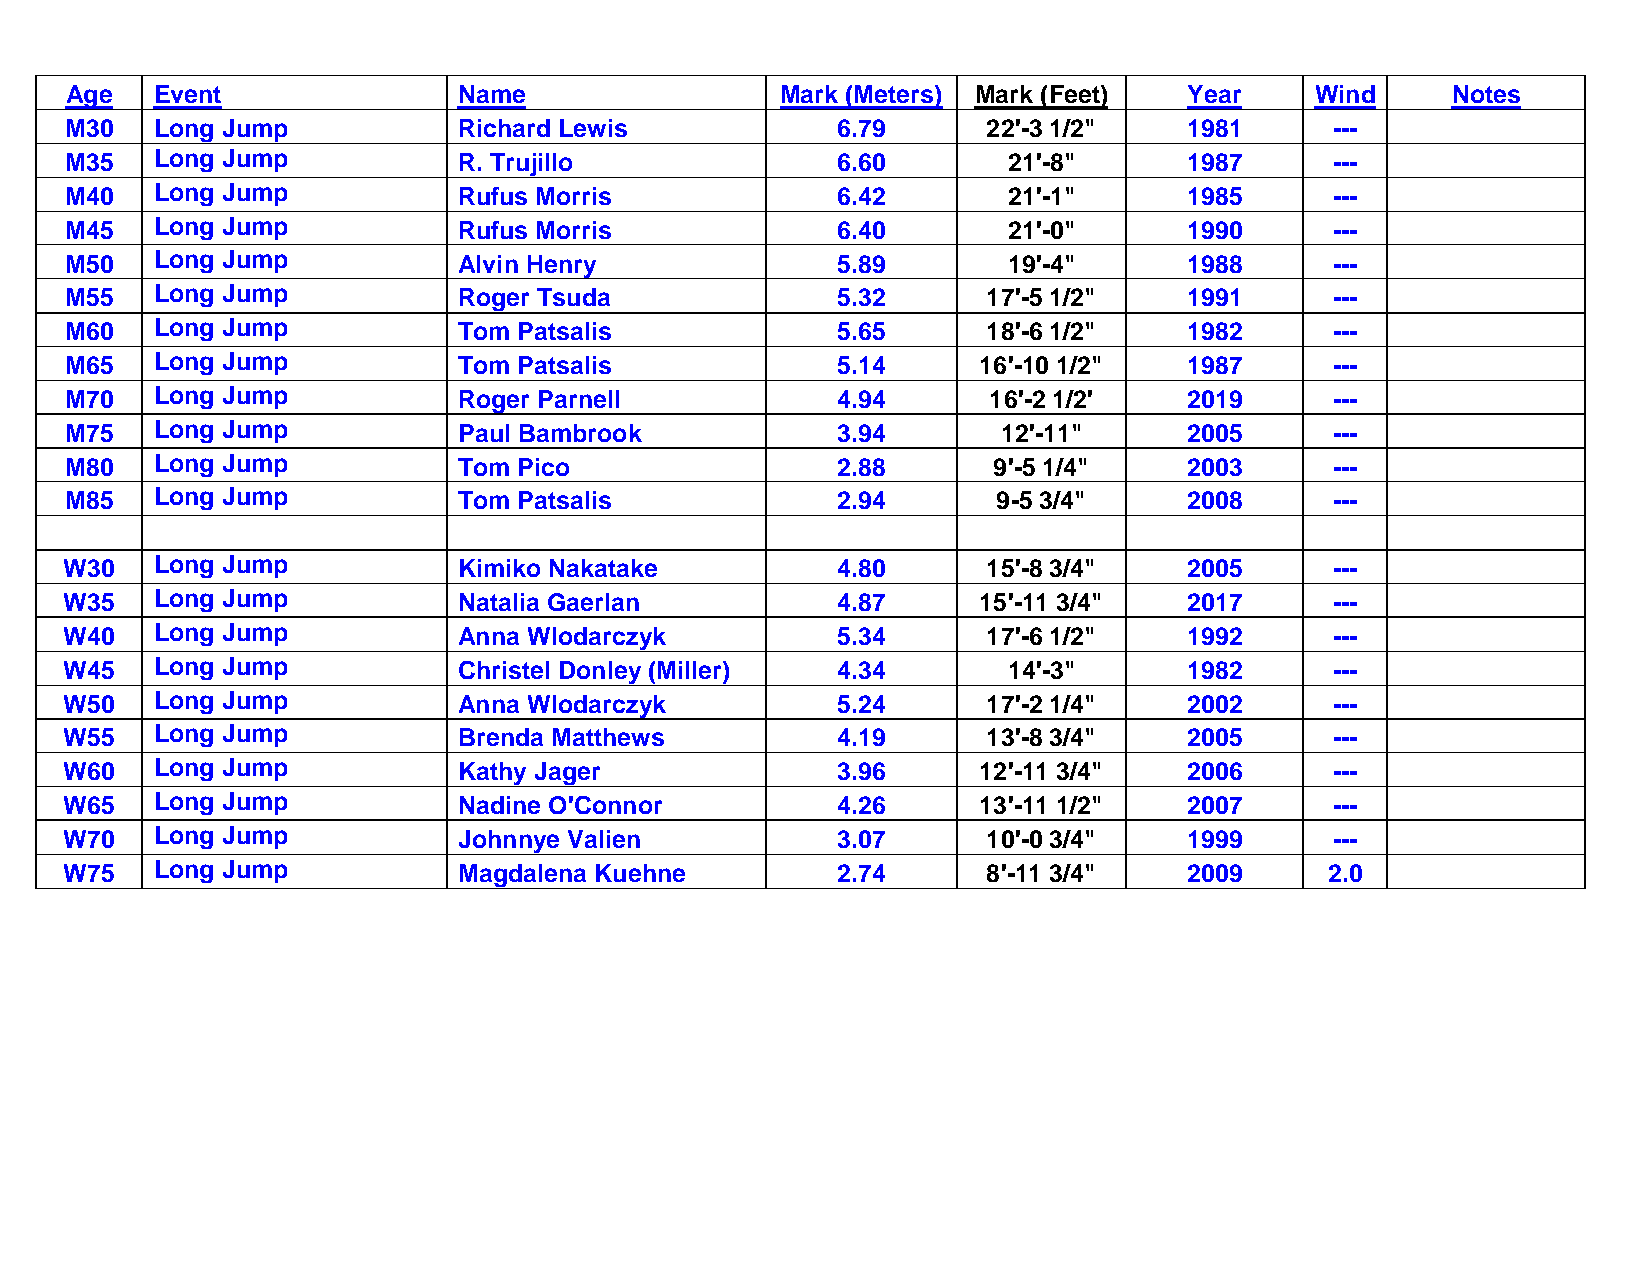
Age   Event               Name                  Mark (Meters) Mark (Feet)  Year    Wind     Notes
 M30   Long Jump           Richard Lewis            6.79      22'-3 1/2"    1981     ---
 M35   Long Jump           R. Trujillo              6.60        21'-8"      1987     ---
 M40   Long Jump           Rufus Morris             6.42        21'-1"      1985     ---
 M45   Long Jump           Rufus Morris             6.40        21'-0"      1990     ---
 M50   Long Jump           Alvin Henry              5.89        19'-4"      1988     ---
 M55   Long Jump           Roger Tsuda              5.32      17'-5 1/2"    1991     ---
 M60   Long Jump           Tom Patsalis             5.65      18'-6 1/2"    1982     ---
 M65   Long Jump           Tom Patsalis             5.14      16'-10 1/2"   1987     ---
 M70   Long Jump           Roger Parnell            4.94      16'-2 1/2'    2019     ---
 M75   Long Jump           Paul Bambrook            3.94       12'-11"      2005     ---
 M80   Long Jump           Tom Pico                 2.88       9'-5 1/4"    2003     ---
 M85   Long Jump           Tom Patsalis             2.94       9-5 3/4"     2008     ---
 W30   Long Jump           Kimiko Nakatake          4.80      15'-8 3/4"    2005     ---
 W35   Long Jump           Natalia Gaerlan          4.87      15'-11 3/4"   2017     ---
 W40   Long Jump           Anna Wlodarczyk          5.34      17'-6 1/2"    1992     ---
 W45   Long Jump           Christel Donley (Miller) 4.34        14'-3"      1982     ---
 W50   Long Jump           Anna Wlodarczyk          5.24      17'-2 1/4"    2002     ---
 W55   Long Jump           Brenda Matthews          4.19      13'-8 3/4"    2005     ---
 W60   Long Jump           Kathy Jager              3.96      12'-11 3/4"   2006     ---
 W65   Long Jump           Nadine O'Connor          4.26      13'-11 1/2"   2007     ---
 W70   Long Jump           Johnnye Valien           3.07      10'-0 3/4"    1999     ---
 W75   Long Jump           Magdalena Kuehne         2.74      8'-11 3/4"    2009     2.0